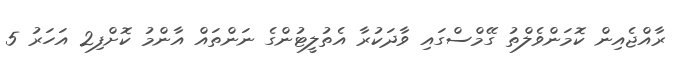
ރާއްޖެއިން ކޮމަންވެލްތު ގޭމްސްގައި ވާދަކުރާ އެތުލީޓުންގެ ނަންތައް އާންމު ކޮށްފި2 އަހަރު 5